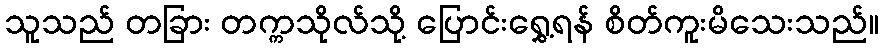
သူသည် တခြား တက္ကသိုလ်သို့ ပြောင်းရွှေ့ရန် စိတ်ကူးမိသေးသည်။